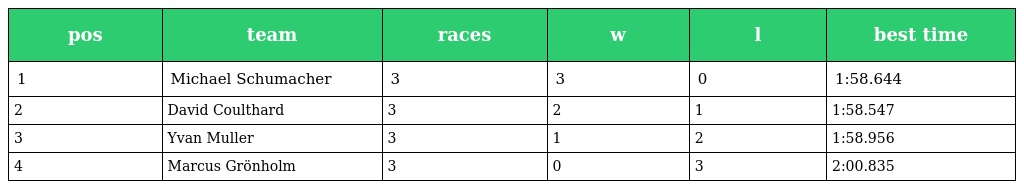
| pos | team | races | w | l | best time |
 | --- | --- | --- | --- | --- | --- |
 | 1 | Michael Schumacher | 3 | 3 | 0 | 1:58.644 |
 | 2 | David Coulthard | 3 | 2 | 1 | 1:58.547 |
 | 3 | Yvan Muller | 3 | 1 | 2 | 1:58.956 |
 | 4 | Marcus Grönholm | 3 | 0 | 3 | 2:00.835 |